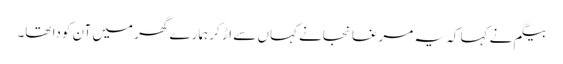
بیگم نے کہا کہ یہ مرغا نجانے کہاں سے اڑ کر ہمارے گھر میں آن کودا تھا۔